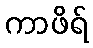
ကာဖိရ်